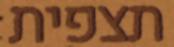
תצפית